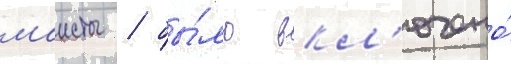
маисты / бы́ло вкл'ючено́